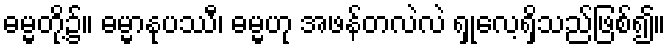
ဓမ္မတို့၌။ ဓမ္မာနုပဿီ၊ ဓမ္မဟု အဖန်တလဲလဲ ရှုလေ့ရှိသည်ဖြစ်၍။